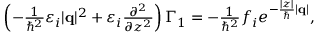
\begin{array} { r } { \left( - \frac { 1 } { \hbar ^ { 2 } } \varepsilon _ { i } | \mathbf { q } | ^ { 2 } + \varepsilon _ { i } \frac { \partial ^ { 2 } } { \partial z ^ { 2 } } \right) \Gamma _ { 1 } = - \frac { 1 } { \hbar ^ { 2 } } f _ { i } e ^ { - \frac { | z | } { \hbar } | \mathbf { q } | } , } \end{array}